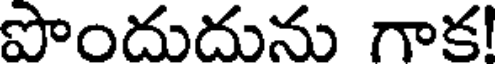
పొందుదును గాక!